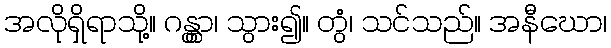
အလိုရှိရာသို့။ ဂန္တွာ၊ သွား၍။ တွံ၊ သင်သည်။ အနီဃော၊